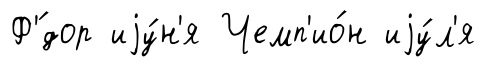
Ф'́дор иjу́н'я Чемп'ио́н иjу́л'я